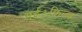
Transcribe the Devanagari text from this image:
गई।फ़िल्म